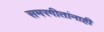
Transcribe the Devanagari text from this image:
समरगीतांनाही